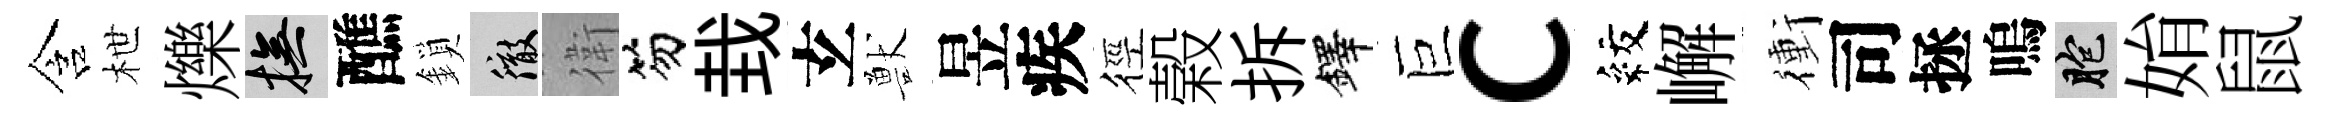
含枻爍撫醮鎖徹衛笏㘽𤣥獸昱疾徑榖拆鐸巨c紋嶰衝司拯嗚胞姢鼠